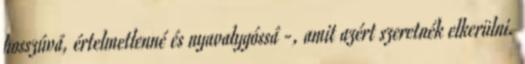
hosszúvá, értelmetlenné és nyavalygóssá -, amit azért szeretnék elkerülni.